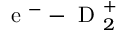
\mathrm { ~ e ~ } ^ { - } - \mathrm { ~ D ~ } _ { 2 } ^ { + }